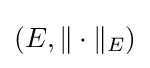
(E,\|\cdot \|_{E})